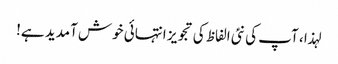
لہذا ، آپ کی نئی الفاظ کی تجویز انتہائی خوش آمدید ہے!